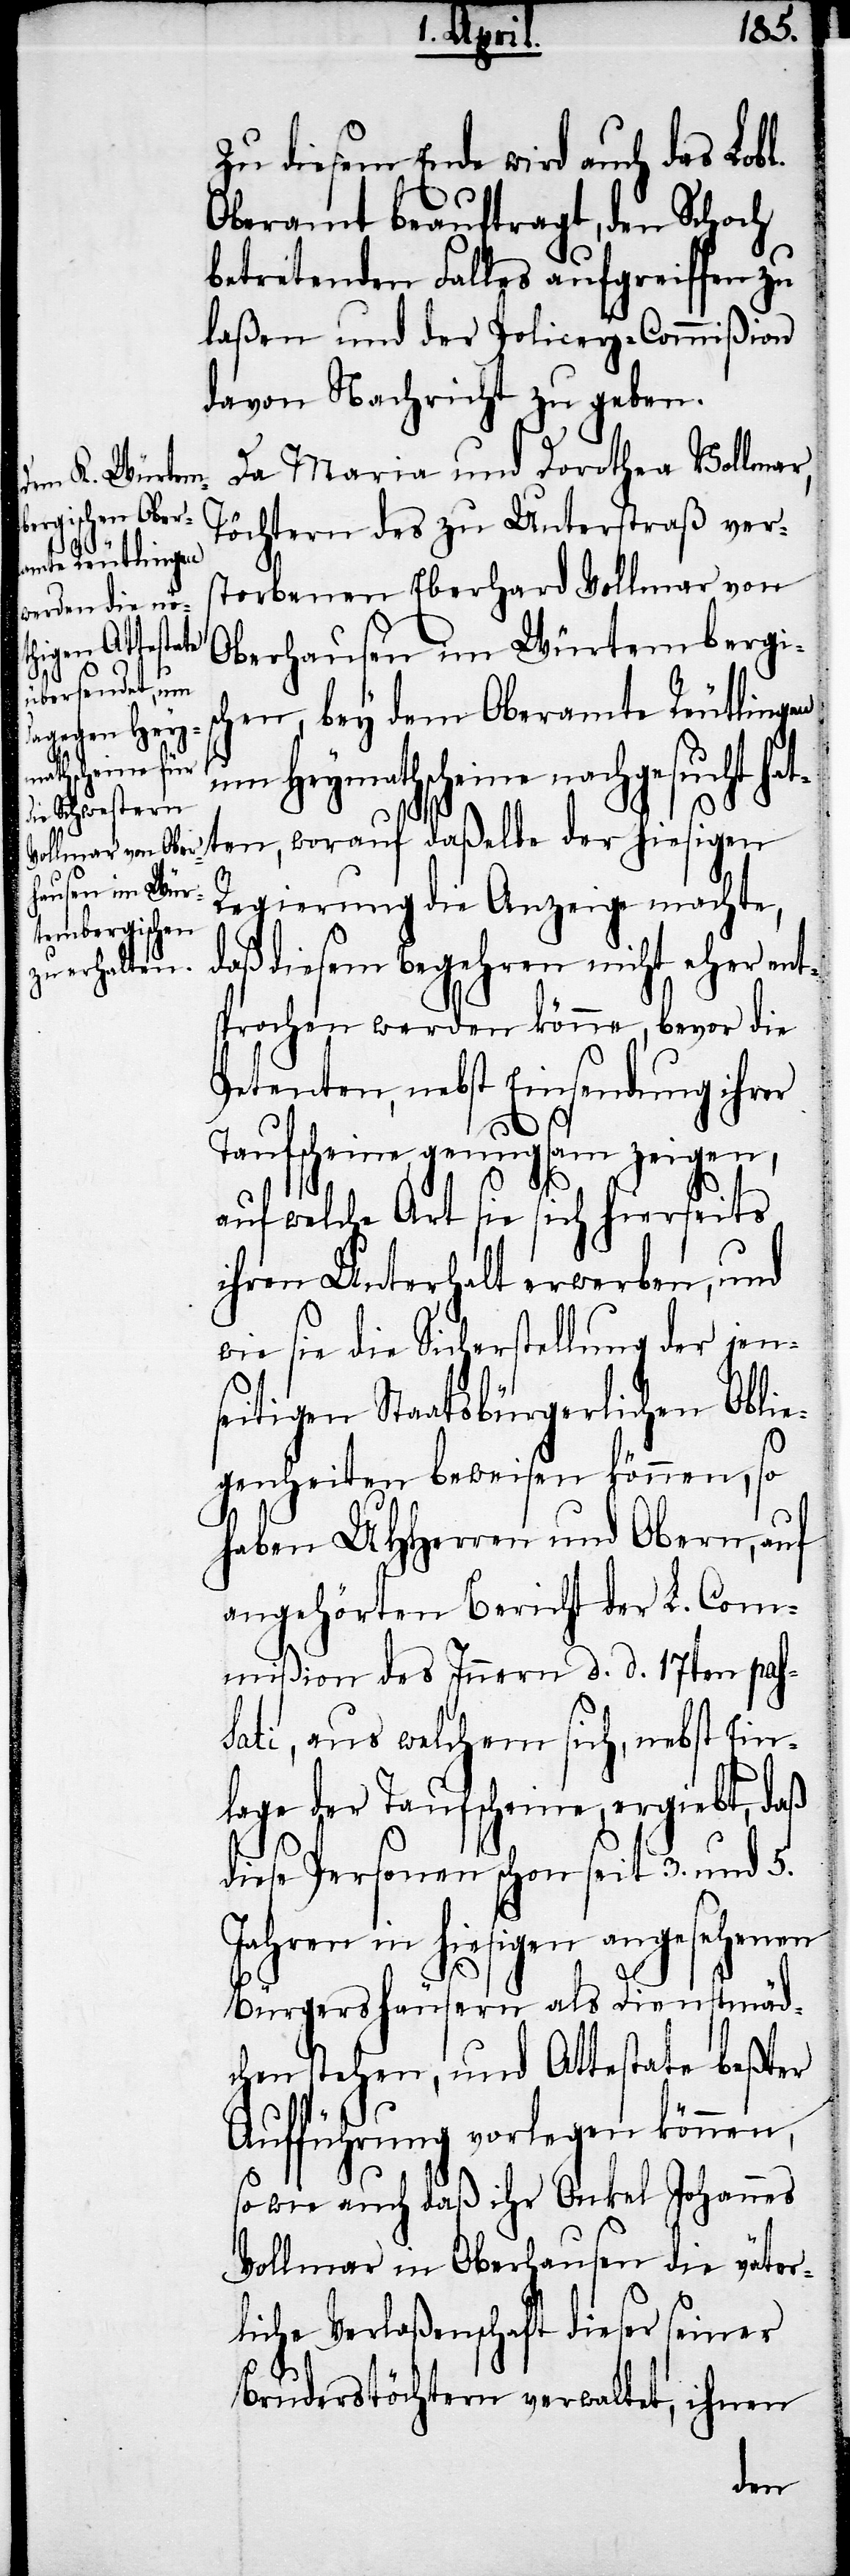
Da Maria und Dorothea Vollmar,
Töchtern des zu Unterstraß vers¬
torbenen Eberhard Vollmar von
Oberhausen im Würtembergis¬
chen, bey dem Oberamte Reutlingen
um Heymathscheine nachgesucht hat¬
Regierung die Anzeige machte,
daß diesem Begehren nicht eher ent¬
sprochen werden könne, bevor die
Petenten, nebst Einsendung ihrer
Taufscheine, genugsam zeigen,
auf welche Art sie sich hierseits
ihren Unterhalt erwerben, und
wie sie die Sicherstellung der jens¬
eitigen Staatsbürgerlichen Oblie¬
genheiten beweisen können, so
haben UHHerren und Obern, auf
angehörten Bericht der L. Com¬
mißion des Innern d. d. 17ten pass¬
ati, aus welchem sich, nebst Ein¬
lage der Taufscheine, ergiebt, daß
diese Personen schon seit 3. und 5.
Jahren in hiesigen angesehenen
Bürgershäusern als Dienstmäd¬
chen stehen, und Attestate beßter
Aufführung vorlegen können,
so wie auch daß ihr Onkel Johannes
Vollmar in Oberhausen die väter¬
liche Verlaßenschaft dieser seiner
Bruderstöchtern verwaltet, ihnen
der